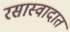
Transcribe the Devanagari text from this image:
रसास्वादात